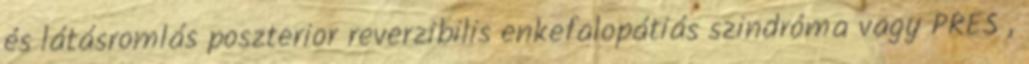
és látásromlás poszterior reverzibilis enkefalopátiás szindróma vagy PRES ,